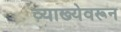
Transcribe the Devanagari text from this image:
व्याख्येवरून